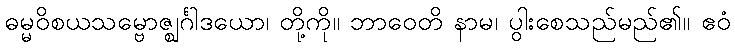
ဓမ္မဝိစယသမ္ဗောဇ္ဈင်္ဂါဒယော၊ တို့ကို။ ဘာဝေတိ နာမ၊ ပွါးစေသည်မည်၏။ ဧဝံ